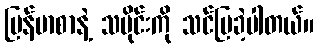
မြန်မာစာနဲ့ သမိုင်းကို သင်ပြခဲ့ပါတယ်။